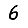
Digit: 6